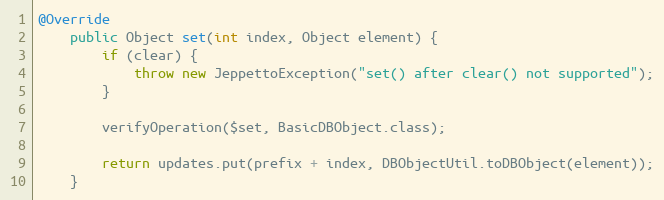
Language: Java
@Override
    public Object set(int index, Object element) {
        if (clear) {
            throw new JeppettoException("set() after clear() not supported");
        }

        verifyOperation($set, BasicDBObject.class);

        return updates.put(prefix + index, DBObjectUtil.toDBObject(element));
    }